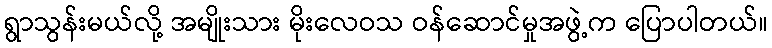
ရွာသွန်းမယ်လို့ အမျိုးသား မိုးလေဝသ ဝန်ဆောင်မှုအဖွဲ့က ပြောပါတယ်။